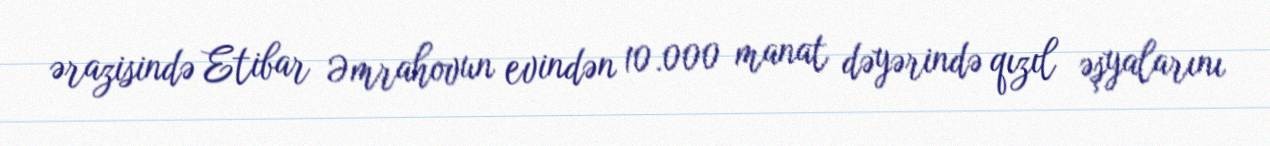
ərazisində Etibar Əmrahovun evindən 10.000 manat dəyərində qızıl əşyalarını